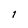
Character: i